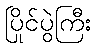
ပြိုင်ပွဲကြီး